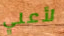
لأعلي